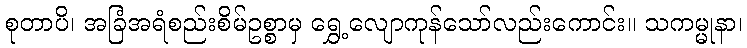
စုတာပိ၊ အခြံအရံစည်းစိမ်ဥစ္စာမှ ရွှေ့လျောကုန်သော်လည်းကောင်း။ သကမ္မုနာ၊